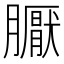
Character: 𭩏